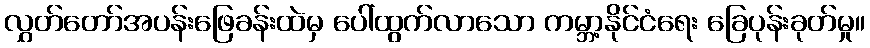
လွှတ်တော်အပန်းဖြေခန်းထဲမှ ပေါ်ထွက်လာသော ကမ္ဘာ့နိုင်ငံရေး ခြေပုန်းခုတ်မှု။